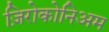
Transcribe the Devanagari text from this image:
ज़िरोकोनिअम